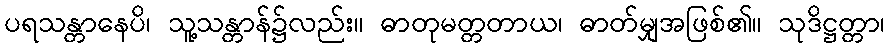
ပရသန္တာနေပိ၊ သူ့သန္တာန်၌လည်း။ ဓာတုမတ္တတာယ၊ ဓာတ်မျှအဖြစ်၏။ သုဒိဋ္ဌတ္တာ၊